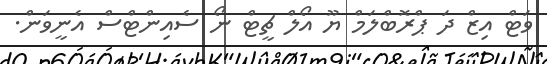
ވަޓް އިޒް ދަ ޕްރޮބްލަމް ޔޫ އޯލް ޗީޓް ނޯ ސެއިންޓްސް އެނީވަން.